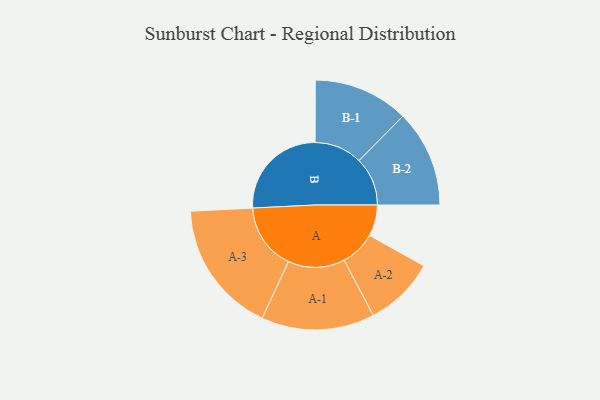
{"axis": {"x": "Segment", "y": "Value"}, "legend": ["", "A", "B"], "data": [{"x": "A", "y": 123, "type": ""}, {"x": "B", "y": 392, "type": ""}, {"x": "A-1", "y": 223, "type": "A"}, {"x": "A-2", "y": 139, "type": "A"}, {"x": "A-3", "y": 262, "type": "A"}, {"x": "B-1", "y": 188, "type": "B"}, {"x": "B-2", "y": 191, "type": "B"}]}